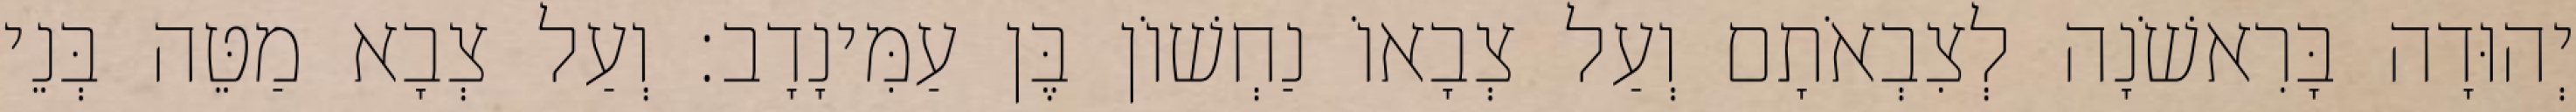
יְהוּדָה בָּרִאשֹׁנָה לְצִבְאֹתָם וְעַל צְבָאוֹ נַחְשׁוֹן בֶּן עַמִּינָדָב׃ וְעַל צְבָא מַטֵּה בְּנֵי